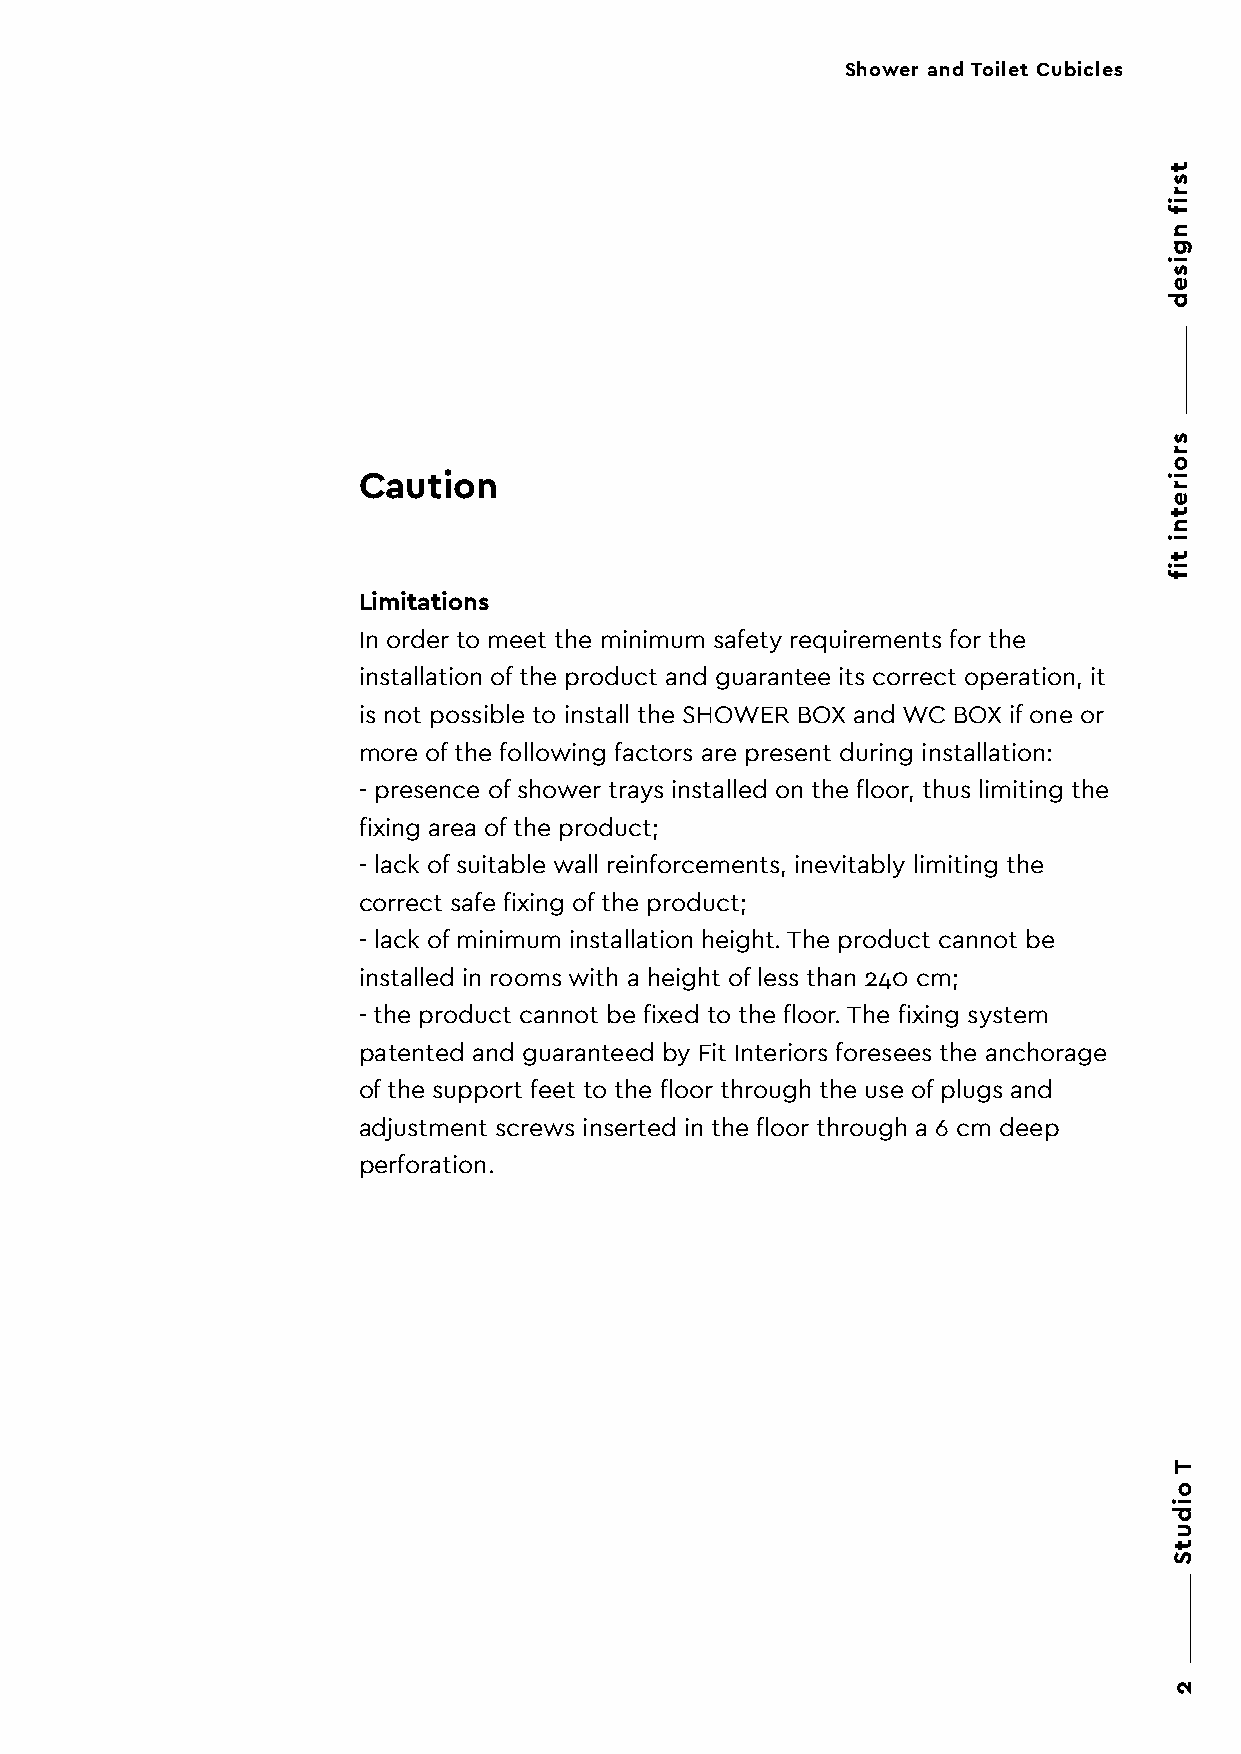
Shower and Toilet Cubicles
 Caution
 Limitations
 In order to meet the minimum safety requirements for the
 installation of the product and guarantee its correct operation, it
 is not possible to install the SHOWER BOX and WC BOX if one or
 more of the following factors are present during installation:
 - presence of shower trays installed on the floor, thus limiting the
 fixing area of the product;
 - lack of suitable wall reinforcements, inevitably limiting the
 correct safe fixing of the product;
 - lack of minimum installation height. The product cannot be
 installed in rooms with a height of less than 240 cm;
 - the product cannot be fixed to the floor. The fixing system
 patented and guaranteed by Fit Interiors foresees the anchorage
 of the support feet to the floor through the use of plugs and
 adjustment screws inserted in the floor through a 6 cm deep
 perforation.
 tsrif
 ngised
 sroiretni
 tif
 T
 oidutS
 2